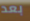
بعد